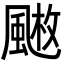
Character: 𩘄